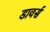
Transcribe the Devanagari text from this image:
डावर्स